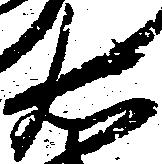
右